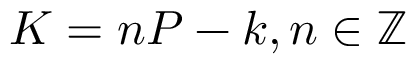
K = n P - k , n \in \mathbb { Z }